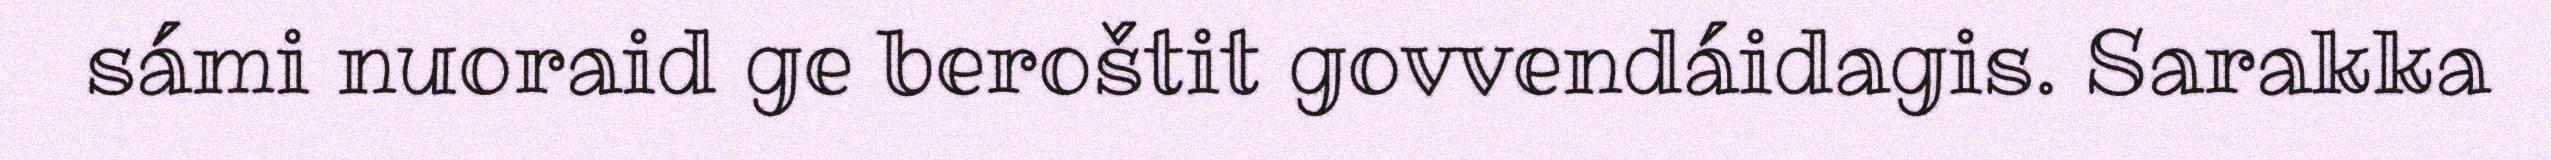
sámi nuoraid ge beroštit govvendáidagis. Sarakka